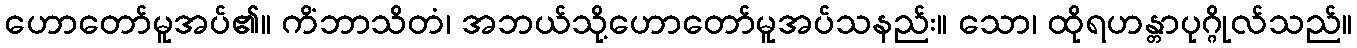
ဟောတော်မူအပ်၏။ ကိံဘာသိတံ၊ အဘယ်သို့ဟောတော်မူအပ်သနည်း။ သော၊ ထိုရဟန္တာပုဂ္ဂိုလ်သည်။